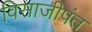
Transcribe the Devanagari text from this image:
विसाजीपंत